system: You are a helpful assistant.
user:
Analyze the provided spectrum to determine if it is a **Carbon Star (C-type)**.

- **Key Visual Indicators of Carbon Star:**
    - **(Primary):** Strong molecular absorption from **C₂ (diatomic carbon) "Swan Bands."** This is the **defining feature** of a carbon star.
        - **(Key Bandheads):** Sharp absorption edges are visible at approximately $5635$ Å, $5165$ Å (the strongest band), and $4737$ Å.
        - **(Line Profile):** Creates a distinct **"saw-tooth"** pattern. The key morphology is a sharp, steep bandhead on the **red (long-wavelength) side**, which then gradually tapers off (i.e., flux recovers) towards the **blue (short-wavelength) side**. *(This is the direct opposite of the TiO bands seen in M-type stars)*.

    - **(Secondary):** Intense **CN (cyanogen)** molecular absorption bands.
        - **(Key Bandheads):** Located in the blue and violet regions of the spectrum (e.g., near $4215$ Å and $3883$ Å).
        - **(Morphology):** These bands are extremely broad and act as a "blanket," absorbing the vast majority of blue and violet light. This creates a characteristic **"cliff"** or **"steep drop-off"** in the spectrum's flux at short wavelengths.

    - **(Key Confirmation):** Strong **CH absorption band (G-band)**.
        - **(Key Bandhead):** Located around $4300$ Å. The contribution from CH molecules to this band is exceptionally strong.

    - **(Overall Spectrum):**
        - The continuum is severely "chopped up" by these deep molecular bands, especially C₂, rather than appearing as a smooth curve.
        - Due to the heavy CN and C₂ absorption in the blue-green, the vast majority of the star's flux is concentrated in the red part of the spectrum, giving the star its characteristic deep red color.

Think first, call **spectral_visualization_tool** if needed to examine features in detail, then provide your final answer. Your response must adhere to the following strict rules:
1.  **Overall Structure:** Your response must follow the format `<think>...</think> <tool_call>...</tool_call> (if a tool is used) <answer>...</answer>`.
2.  **Tool Usage Constraint:** You may only make **one** tool call per turn.
3.  **Final Answer Format:** In the `<answer>` tag, your conclusion must be inside a `\boxed{}` command (e.g., `\boxed{YES}`), followed by your justification.

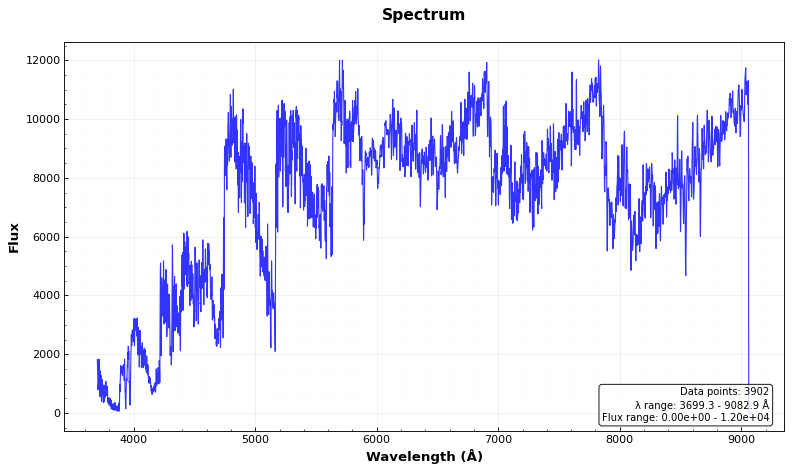
Answer: YES